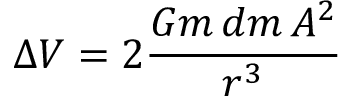
\Delta V = 2 { \frac { G m \, d m \, A ^ { 2 } } { r ^ { 3 } } }